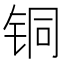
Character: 铜